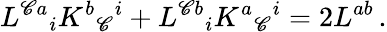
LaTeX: L^{\mathscr{C}a}{}_{i}K^{b}{}_{\mathscr{C}}{}^{i}+L^{\mathscr{C}b}{}_{i}K^{a}{}_{\mathscr{C}}{}^{i}=2L^{ab}\, .